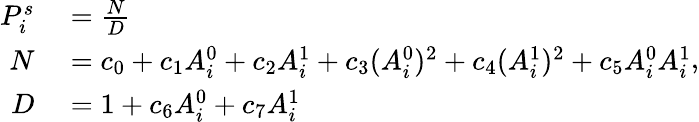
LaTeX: \begin{array}{rl}{P_{i}^{s}}&{{}=\frac{N}{D}}\\ {N}&{{}=c_{0}+c_{1}A_{i}^{0}+c_{2}A_{i}^{1}+c_{3}(A_{i}^{0})^{2}+c_{4}(A_{i}^{1})^{2}+c_{5}A_{i}^{0}A_{i}^{1}}\\ {D}&{{}=1+c_{6}A_{i}^{0}+c_{7}A_{i}^{1}}\end{array},